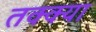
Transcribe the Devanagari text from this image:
तक्क्या